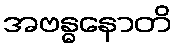
အဗန္ဓနောတိ